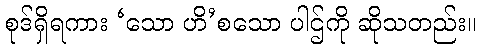
စုဒ်ရှိရကား ‘သော ဟိ’စသော ပါဌ်ကို ဆိုသတည်း။